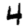
Digit: 4